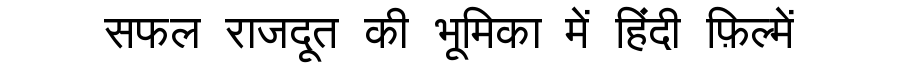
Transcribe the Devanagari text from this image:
सफल राजदूत की भूमिका में हिंदी फ़िल्में